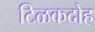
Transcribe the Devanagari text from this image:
टिळकदोह